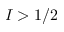
I > 1 / 2